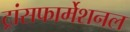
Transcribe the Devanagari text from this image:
ट्रांसफार्मेशनल